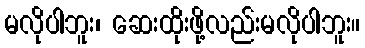
မလိုပါဘူး၊ ဆေးထိုးဖို့လည်းမလိုပါဘူး။